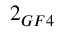
2 _ { G F 4 }